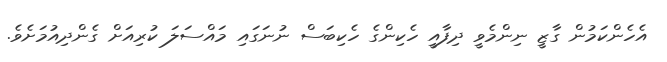
އެހެންކަމުން ގާޒީ ނިންމެވީ ދިފާއީ ހެކިންގެ ހެކިބަސް ނުނަގައި މައްސަލަ ކުރިއަށް ގެންދިއުމަށެވެ.